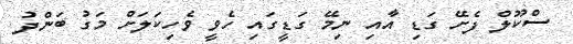
ސްކޫލް ފެށޭ ގަޑި އާއި ނިމޭ ގަޑީގައި ހެވީ ވެހިކަލަށް މަގު ބަންދު